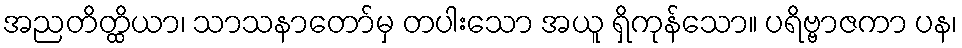
အညတိတ္ထိယာ၊ သာသနာတော်မှ တပါးသော အယူ ရှိကုန်သော။ ပရိဗ္ဗာဇကာ ပန၊